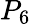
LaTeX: P_{6}